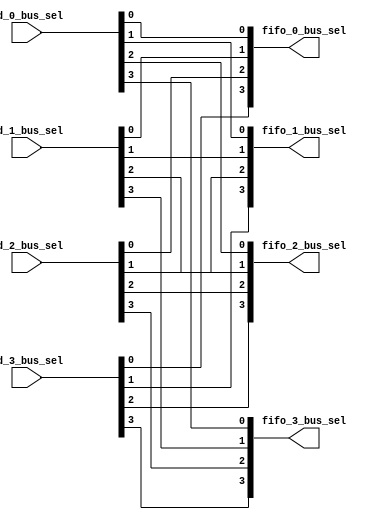
/********************************************
fdfifo

Connect mode example:
Fd_0[1]-----Fifi_1[0]
general formula
Fd_x[y]-----Fifi_y[x]
********************************************/
module bus_sel_bits_interconnect(
//fifo port
//bus_cross_bar fifo**
fifo_0_bus_sel,//bus_cross_bar fifo0**
fifo_1_bus_sel,//bus_cross_bar fifo1**
fifo_2_bus_sel,//bus_cross_bar fifo2**
fifo_3_bus_sel,//bus_cross_bar fifo3**

//frame_decoder port
//fd**
fd_0_bus_sel,//fd0**
fd_1_bus_sel,//fd1**
fd_2_bus_sel,//fd2**
fd_3_bus_sel //fd3**
);

output [3:0]   fifo_0_bus_sel;
output [3:0]   fifo_1_bus_sel;
output [3:0]   fifo_2_bus_sel;
output [3:0]   fifo_3_bus_sel;
    
input  [3:0]   fd_0_bus_sel;//
input  [3:0]   fd_1_bus_sel;//
input  [3:0]   fd_2_bus_sel;//
input  [3:0]   fd_3_bus_sel;//

//Connect mode example:
//Fd_0[1]-----Fifi_1[0]
//general formula
//Fd_x[y]-----Fifi_y[x]
assign fifo_0_bus_sel[0]=fd_0_bus_sel[0];
assign fifo_0_bus_sel[1]=fd_1_bus_sel[0];
assign fifo_0_bus_sel[2]=fd_2_bus_sel[0];
assign fifo_0_bus_sel[3]=fd_3_bus_sel[0];
                                        
assign fifo_1_bus_sel[0]=fd_0_bus_sel[1];
assign fifo_1_bus_sel[1]=fd_1_bus_sel[1];
assign fifo_1_bus_sel[2]=fd_2_bus_sel[1];
assign fifo_1_bus_sel[3]=fd_3_bus_sel[1];
                                        
assign fifo_2_bus_sel[0]=fd_0_bus_sel[2];
assign fifo_2_bus_sel[1]=fd_1_bus_sel[2];
assign fifo_2_bus_sel[2]=fd_2_bus_sel[2];
assign fifo_2_bus_sel[3]=fd_3_bus_sel[2];
                                        
assign fifo_3_bus_sel[0]=fd_0_bus_sel[3];
assign fifo_3_bus_sel[1]=fd_1_bus_sel[3];
assign fifo_3_bus_sel[2]=fd_2_bus_sel[3];
assign fifo_3_bus_sel[3]=fd_3_bus_sel[3];

endmodule